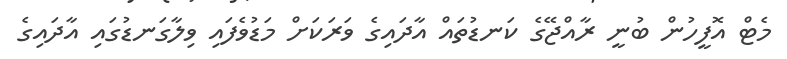
މެޓް އޮފީހުން ބުނީ ރާއްޖޭގެ ކަނޑުތައް އާދައިގެ ވަރަކަށް މަޑުވެފައި ވިލާގަނޑުގައި އާދައިގެ